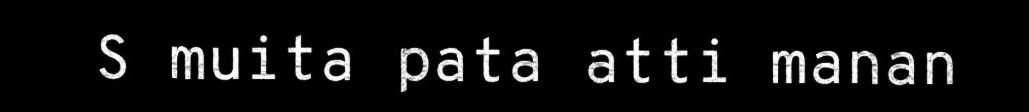
S muita pata atti manan